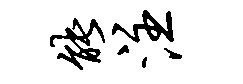
能注